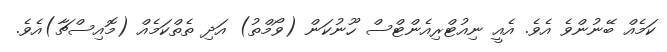
ކަމެއް ބޭނުންވެ އެވެ. އެއީ ނިއުޓްރިއެންޓްސް ހޫނުކަން (ވޯމްތު) އަދި ތެތްކަމެއް (މޮއިސްޗާ)އެވެ.